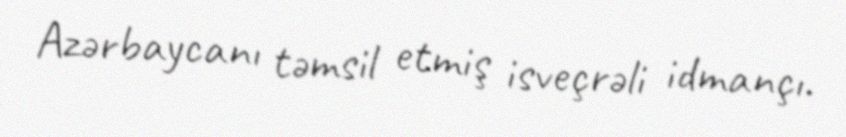
Azərbaycanı təmsil etmiş isveçrəli idmançı.